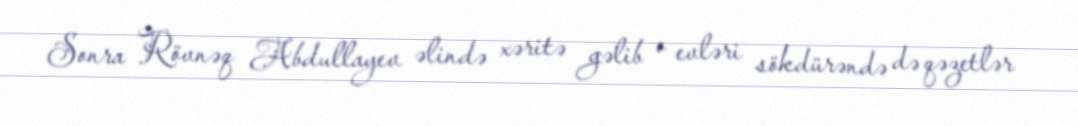
Sonra Rövnəq Abdullayev əlində xəritə gəlib o evləri sökdürəndə də qəzetlər